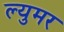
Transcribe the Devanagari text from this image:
ल्युमर